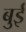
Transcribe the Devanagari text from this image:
बुई